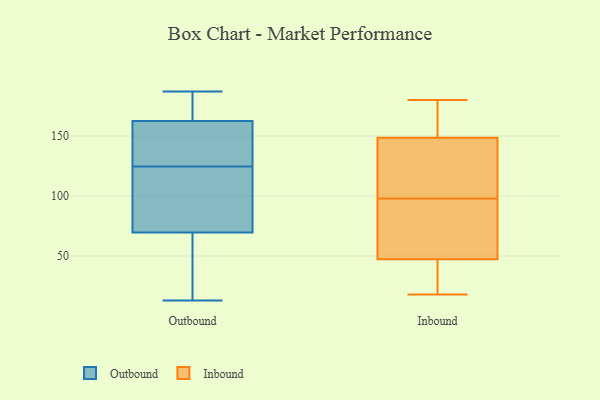
{"axis": {"x": "Humidity (%)", "y": "Value"}, "legend": ["Inbound", "Outbound"], "data": [{"x": "", "y": 172, "type": "Outbound"}, {"x": "", "y": 25, "type": "Outbound"}, {"x": "", "y": 115, "type": "Outbound"}, {"x": "", "y": 138, "type": "Outbound"}, {"x": "", "y": 13, "type": "Outbound"}, {"x": "", "y": 166, "type": "Outbound"}, {"x": "", "y": 29, "type": "Outbound"}, {"x": "", "y": 56, "type": "Outbound"}, {"x": "", "y": 166, "type": "Outbound"}, {"x": "", "y": 134, "type": "Outbound"}, {"x": "", "y": 135, "type": "Outbound"}, {"x": "", "y": 187, "type": "Outbound"}, {"x": "", "y": 83, "type": "Outbound"}, {"x": "", "y": 94, "type": "Outbound"}, {"x": "", "y": 110, "type": "Outbound"}, {"x": "", "y": 159, "type": "Outbound"}, {"x": "", "y": 118, "type": "Inbound"}, {"x": "", "y": 98, "type": "Inbound"}, {"x": "", "y": 32, "type": "Inbound"}, {"x": "", "y": 44, "type": "Inbound"}, {"x": "", "y": 68, "type": "Inbound"}, {"x": "", "y": 161, "type": "Inbound"}, {"x": "", "y": 159, "type": "Inbound"}, {"x": "", "y": 39, "type": "Inbound"}, {"x": "", "y": 69, "type": "Inbound"}, {"x": "", "y": 103, "type": "Inbound"}, {"x": "", "y": 97, "type": "Inbound"}, {"x": "", "y": 180, "type": "Inbound"}, {"x": "", "y": 33, "type": "Inbound"}, {"x": "", "y": 179, "type": "Inbound"}, {"x": "", "y": 157, "type": "Inbound"}, {"x": "", "y": 119, "type": "Inbound"}, {"x": "", "y": 123, "type": "Inbound"}, {"x": "", "y": 57, "type": "Inbound"}, {"x": "", "y": 18, "type": "Inbound"}]}